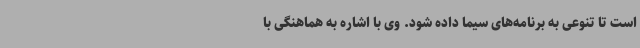
است تا تنوعی به برنامه‌های سیما داده شود. وی با اشاره به هماهنگی با